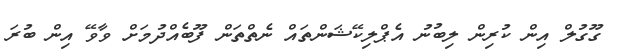
ގޫގުލް އިން ކުރިން ލިބުނު އެޕްލިކޭޝަންތައް ނެތްތަން ފޫބެއްދުމަށް ވާވޭ އިން ބުރަ